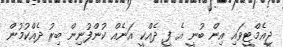
ޖީއެމްޓީވައި އިން ބުނީ އެ ފީ ދެއްކީ އަނެއް ކުންފުނިން ބިރު ދެއްކުމުން